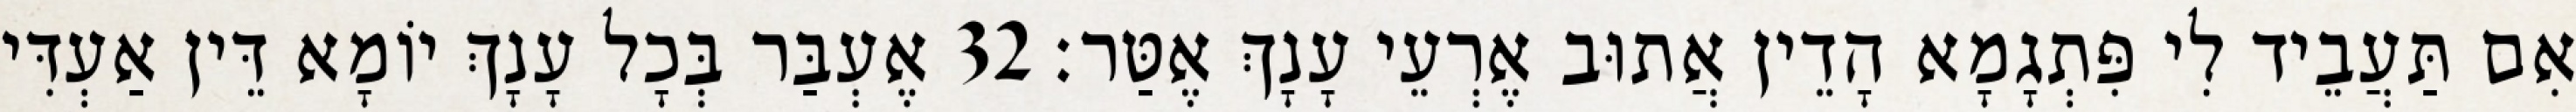
אִם תַּעֲבֵיד לִי פִּתְגָמָא הָדֵין אֲתוּב אֶרְעֵי עָנָךְ אֶטַּר׃ 32 אֶעְבַּר בְּכָל עָנָךְ יוֹמָא דֵּין אַעְדִּי